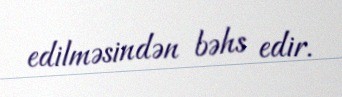
edilməsindən bəhs edir.